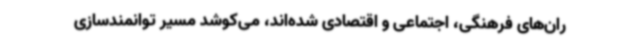
ران‌های فرهنگی، اجتماعی و اقتصادی شده‌اند، می‌کوشد مسیر توانمندسازی